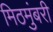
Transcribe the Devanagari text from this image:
मिठमुंबरी